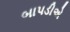
બાપડીએ